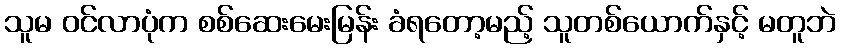
သူမ ဝင်လာပုံက စစ်ဆေးမေးမြန်း ခံရတော့မည့် သူတစ်ယောက်နှင့် မတူဘဲ